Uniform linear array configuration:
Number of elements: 64
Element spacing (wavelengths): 0.25
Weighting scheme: blackman
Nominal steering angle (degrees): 15
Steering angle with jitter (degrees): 13.351
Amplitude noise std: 0.05
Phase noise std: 0.05

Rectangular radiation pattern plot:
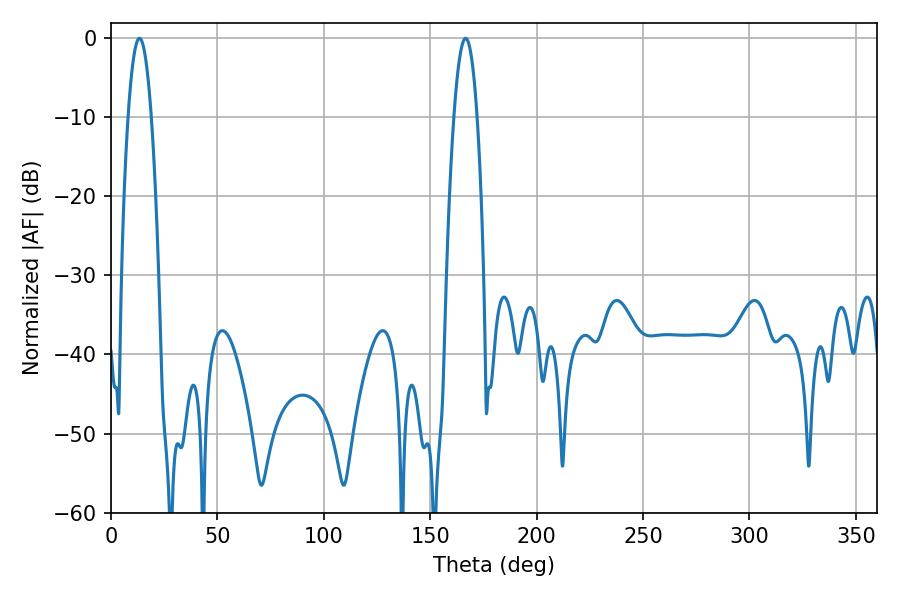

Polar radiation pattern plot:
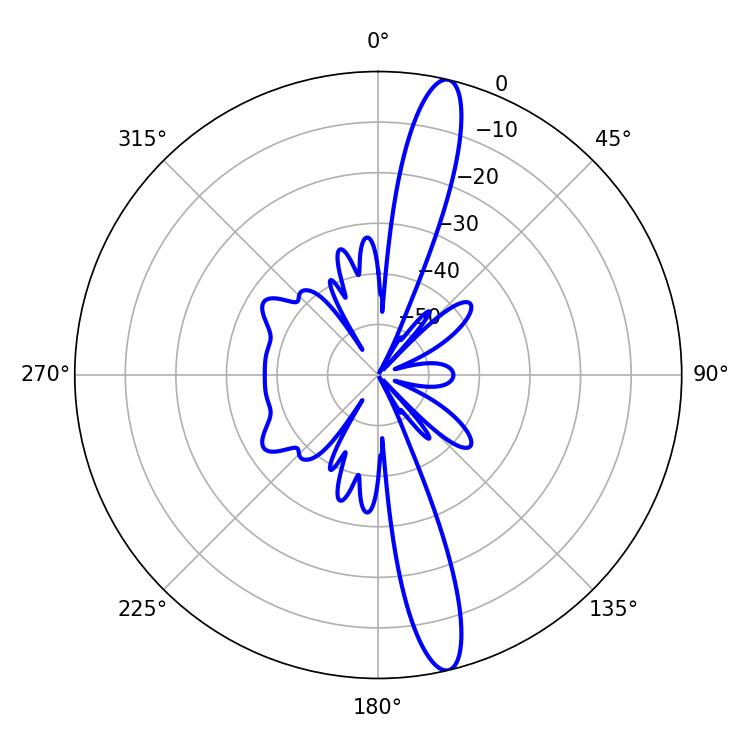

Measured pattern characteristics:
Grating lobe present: FALSE
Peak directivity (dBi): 15.842
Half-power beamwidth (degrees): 5.94
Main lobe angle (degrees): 13.32